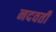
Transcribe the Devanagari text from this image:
नदवर्ती